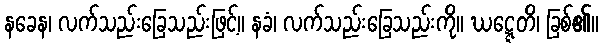
နခေန၊ လက်သည်းခြေသည်းဖြင့်။ နခံ၊ လက်သည်းခြေသည်းကို။ ဃဋ္ဋေတိ၊ ခြစ်၏။